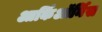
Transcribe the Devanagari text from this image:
आर्किऑर्निस